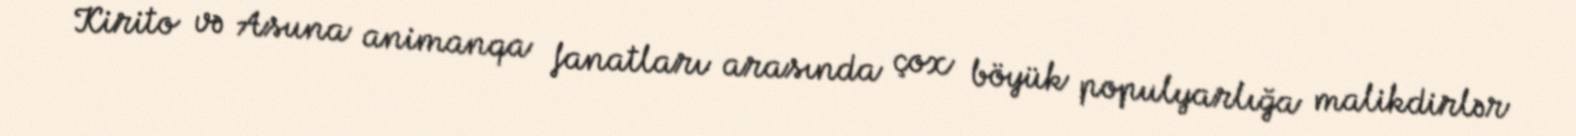
Kirito və Asuna animanqa fanatları arasında çox böyük populyarlığa malikdirlər